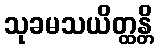
သုခမသယိတ္ထန္တိ